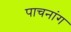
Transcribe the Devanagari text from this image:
पाचनांग